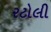
રટોલી